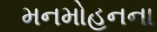
મનમોહનના